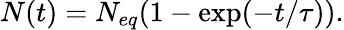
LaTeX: N(t)=N_{eq}(1-\exp(-t/\tau)).